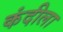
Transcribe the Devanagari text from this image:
कंदीला